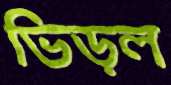
ভিড়ল